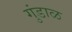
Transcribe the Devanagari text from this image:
गुंडाळ